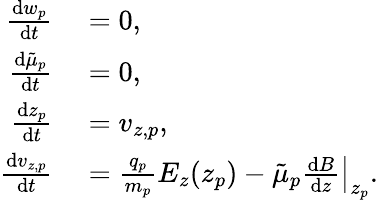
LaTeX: \begin{array}{rl}{\frac{\mathrm{d}w_{p}}{\mathrm{d}t}}&{{}=0,}\\ {\frac{\mathrm{d}\tilde{\mu}_{p}}{\mathrm{d}t}}&{{}=0,}\\ {\frac{\mathrm{d}z_{p}}{\mathrm{d}t}}&{{}=v_{z,p},}\\ {\frac{\mathrm{d}v_{z,p}}{\mathrm{d}t}}&{{}=\frac{q_{p}}{m_{p}}E_{z}(z_{p})-\tilde{\mu}_{p}\left.\frac{\mathrm{d}B}{\mathrm{d}z}\right|_{z_{p}}.}\end{array}